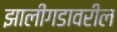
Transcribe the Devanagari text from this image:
झालीगडावरील